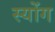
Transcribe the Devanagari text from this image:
स्योंग